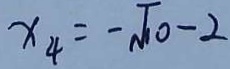
x _ { 4 } = - \sqrt { 1 0 } - 2